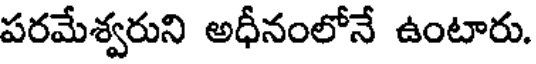
పరమేశ్వరుని అధీనంలోనే ఉంటారు.